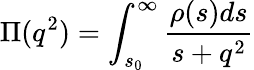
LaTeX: \Pi(q^{2})=\int_{s_{0}}^{\infty}\frac{\rho(s)ds}{s+q^{2}}